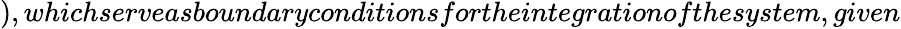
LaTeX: ),whichserveasboundaryconditionsfortheintegrationofthesystem,given